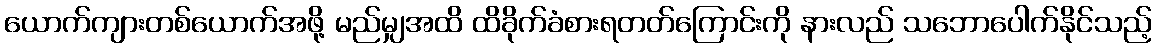
ယောက်ကျားတစ်ယောက်အဖို့ မည်မျှအထိ ထိခိုက်ခံစားရတတ်ကြောင်းကို နားလည် သဘောပေါက်နိုင်သည့်